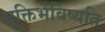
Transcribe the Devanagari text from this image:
मुक्तिर्भविष्यति